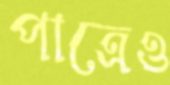
পাত্রেও